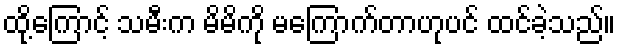
ထို့ကြောင့် သမီးက မိမိကို မကြောက်တာဟုပင် ထင်ခဲ့သည်။